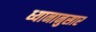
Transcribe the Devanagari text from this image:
ध्यानानुसार